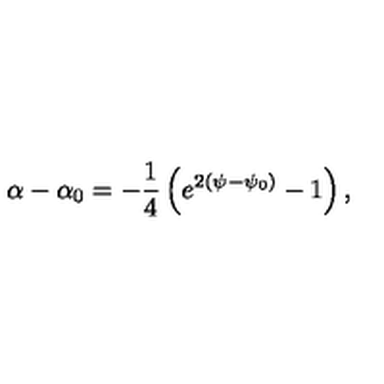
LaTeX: \alpha - \alpha _ { 0 } = - \frac { 1 } { 4 } \left( e ^ { 2 ( \psi - \psi _ { 0 } ) } - 1 \right) ,